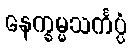
နေက္ခမ္မသင်္ကပ္ပံ